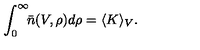
\int _ { 0 } ^ { \infty } \! \! \bar { n } ( V , \rho ) d \rho = \langle K \rangle _ { V } .